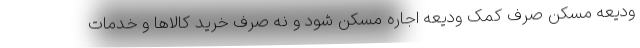
ودیعه مسکن صرف کمک ودیعه اجاره مسکن شود و نه صرف خرید کالاها و خدمات